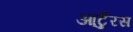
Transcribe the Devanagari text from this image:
आर्टुरस